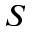
S